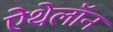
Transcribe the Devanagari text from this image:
ऐथेलॉन